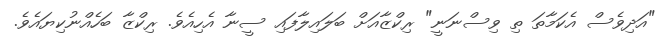
"އަދިވެސް އެކަމާތަ ތި ވިސްނަނީ" ރިކްޒާއަށް ބަލައިލާފައި ސީނާ އެހިއެވެ. ރިކްޒާ ބަހެއްނުކިޔައެވެ.